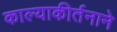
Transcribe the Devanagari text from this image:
काल्याकीर्तनाने